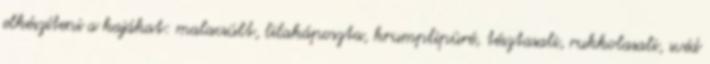
elkészíteni a kajákat: malacsült, lilakáposzta, krumplipüré, tésztasali, rukkolasali, svéd